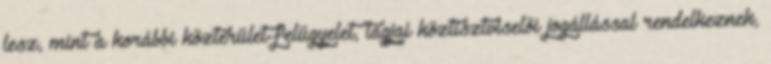
lesz, mint a korábbi közterület-felügyelet, tagjai köztisztviselői jogállással rendelkeznek,